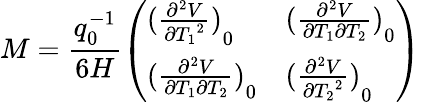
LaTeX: M=\frac{q_{0}^{-1}}{6H}\left(\begin{array}{ll}{{{(\frac{{\partial^{2}}V}{\partial{T_{1}}^{2}})}_{0}}}&{{{(\frac{{\partial^{2}}V}{\partial{T_{1}}\partial{T_{2}}})}_{0}}}\\ {{{(\frac{{\partial^{2}}V}{\partial{T_{1}}\partial{T_{2}}})}_{0}}}&{{{(\frac{{\partial^{2}}V}{\partial{T_{2}}^{2}})}_{0}}}\end{array}\right)